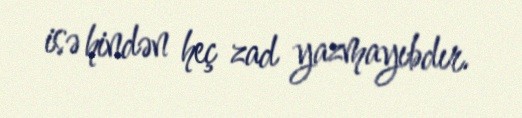
isə hindən heç zad yazmayıbdır.